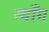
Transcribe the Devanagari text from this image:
न्वाँग